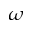
\omega